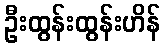
ဦးထွန်းထွန်းဟိန်